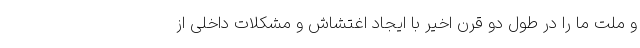
و ملت ما را در طول دو قرن اخیر با ایجاد اغتشاش و مشکلات داخلی از